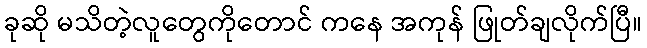
ခုဆို မသိတဲ့လူတွေကိုတောင် ကနေ အကုန် ဖြုတ်ချလိုက်ပြီ။